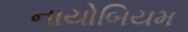
નાયોબિયમ